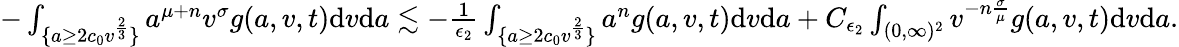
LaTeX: \begin{array}{r}{-\int_{\{ a\geq 2c_{0}v^{\frac{2}{3}}\} }a^{\mu+n}v^{\sigma}g(a,v,t)\textup{d}v\textup{d}a\lesssim-\frac{1}{\epsilon_{2}}\int_{\{ a\geq 2c_{0}v^{\frac{2}{3}}\} }a^{n}g(a,v,t)\textup{d}v\textup{d}a+C_{\epsilon_{2}}\int_{(0,\infty)^{2}}v^{-n\frac{\sigma}{\mu}}g(a,v,t)\textup{d}v\textup{d}a.}\end{array}